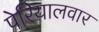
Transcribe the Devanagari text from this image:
पेरियालवार